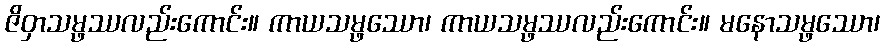
ဇိဝှာသမ္ဖဿလည်းကောင်း။ ကာယသမ္ဖဿော၊ ကာယသမ္ဖဿလည်းကောင်း။ မနောသမ္ဖဿော၊